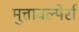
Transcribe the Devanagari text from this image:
मुत्तावल्पेर्रा